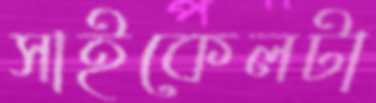
সাইকেলটা